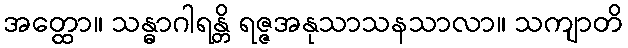
အတ္ထော။ သန္ဓာဂါရန္တိ ရဇ္ဇအနုသာသနသာလာ။ သကျာတိ